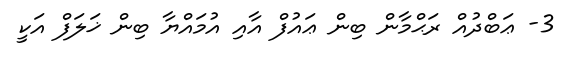
3- ޢަބްދުއް ރަޙްމާން ބިން ޢައުފް އާއި އުމައްޔާ ބިން ޚަލަފް އަކީ